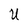
Character: U